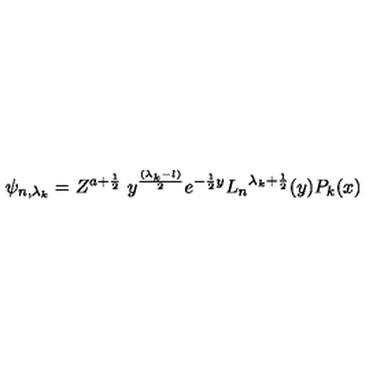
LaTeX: \psi _ { n , { \lambda _ { k } } } = Z ^ { a + \frac { 1 } { 2 } } \ y ^ { \frac { ( { \lambda _ { k } } - l ) } { 2 } } e ^ { - { \frac { 1 } { 2 } } y } { L _ { n } } ^ { { \lambda _ { k } } + { \frac { 1 } { 2 } } } ( y ) P _ { k } ( x )